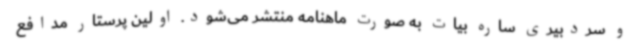
و سردبیری ساره بیات به صورت ماهنامه منتشر می‌شود. اولین پرستار مدافع